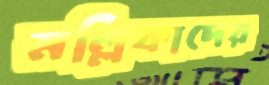
মল্লিকাদের